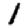
Digit: 1